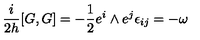
\frac { i } { 2 h } [ G , G ] = - \frac { 1 } { 2 } e ^ { i } \wedge e ^ { j } \epsilon _ { i j } = - \omega